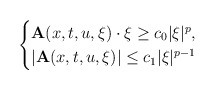
\begin{align*}\begin{cases}\mathbf{A}(x,t,u,\xi) \cdot \xi \geq c_0 |\xi|^p, \\\left|\mathbf{A}(x,t,u,\xi)\right|\leq c_1|\xi|^{p-1}\end{cases}\end{align*}